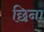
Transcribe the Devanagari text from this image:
छिना